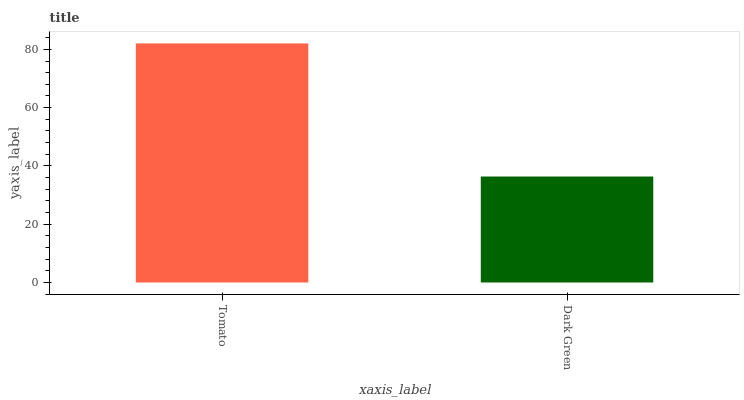
| xaxis_label | bars |
 | --- | --- |
 | Tomato | 82 |
 | Dark Green | 36.4 |